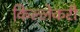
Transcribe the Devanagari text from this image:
किल्लेकरी